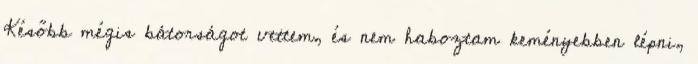
Később mégis bátorságot vettem, és nem haboztam keményebben lépni,